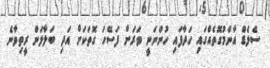
ސެލެޑް އާންމުގޮތެއްގައި ހަދާފައި ހުންނަނީ ވަރަށް ފަސޭހަ ގޮތަކަށް އަދި ބަލާލަން ރީތިވާނެ